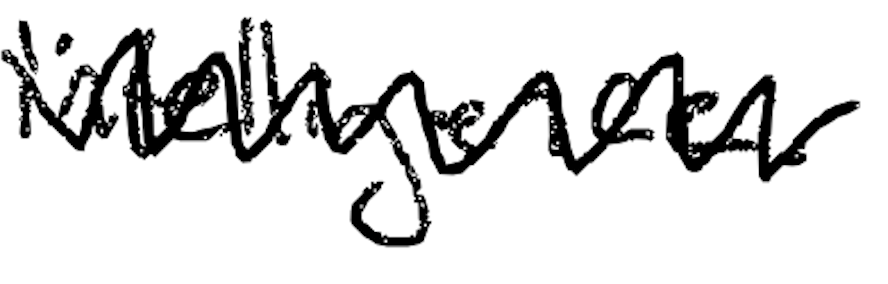
Text: intelligence.
Cross-out: zig-zag
Writing tool: digital_black